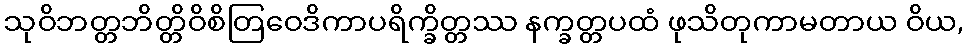
သုဝိဘတ္တဘိတ္တိဝိစိတြဝေဒိကာပရိက္ခိတ္တဿ နက္ခတ္တပထံ ဖုသိတုကာမတာယ ဝိယ,